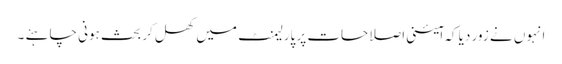
انہوں نے زور دیا کہ ا ٓئینی اصلاحات پر پارلیمنٹ میں کھل کر بحث ہونی چاہئے ۔